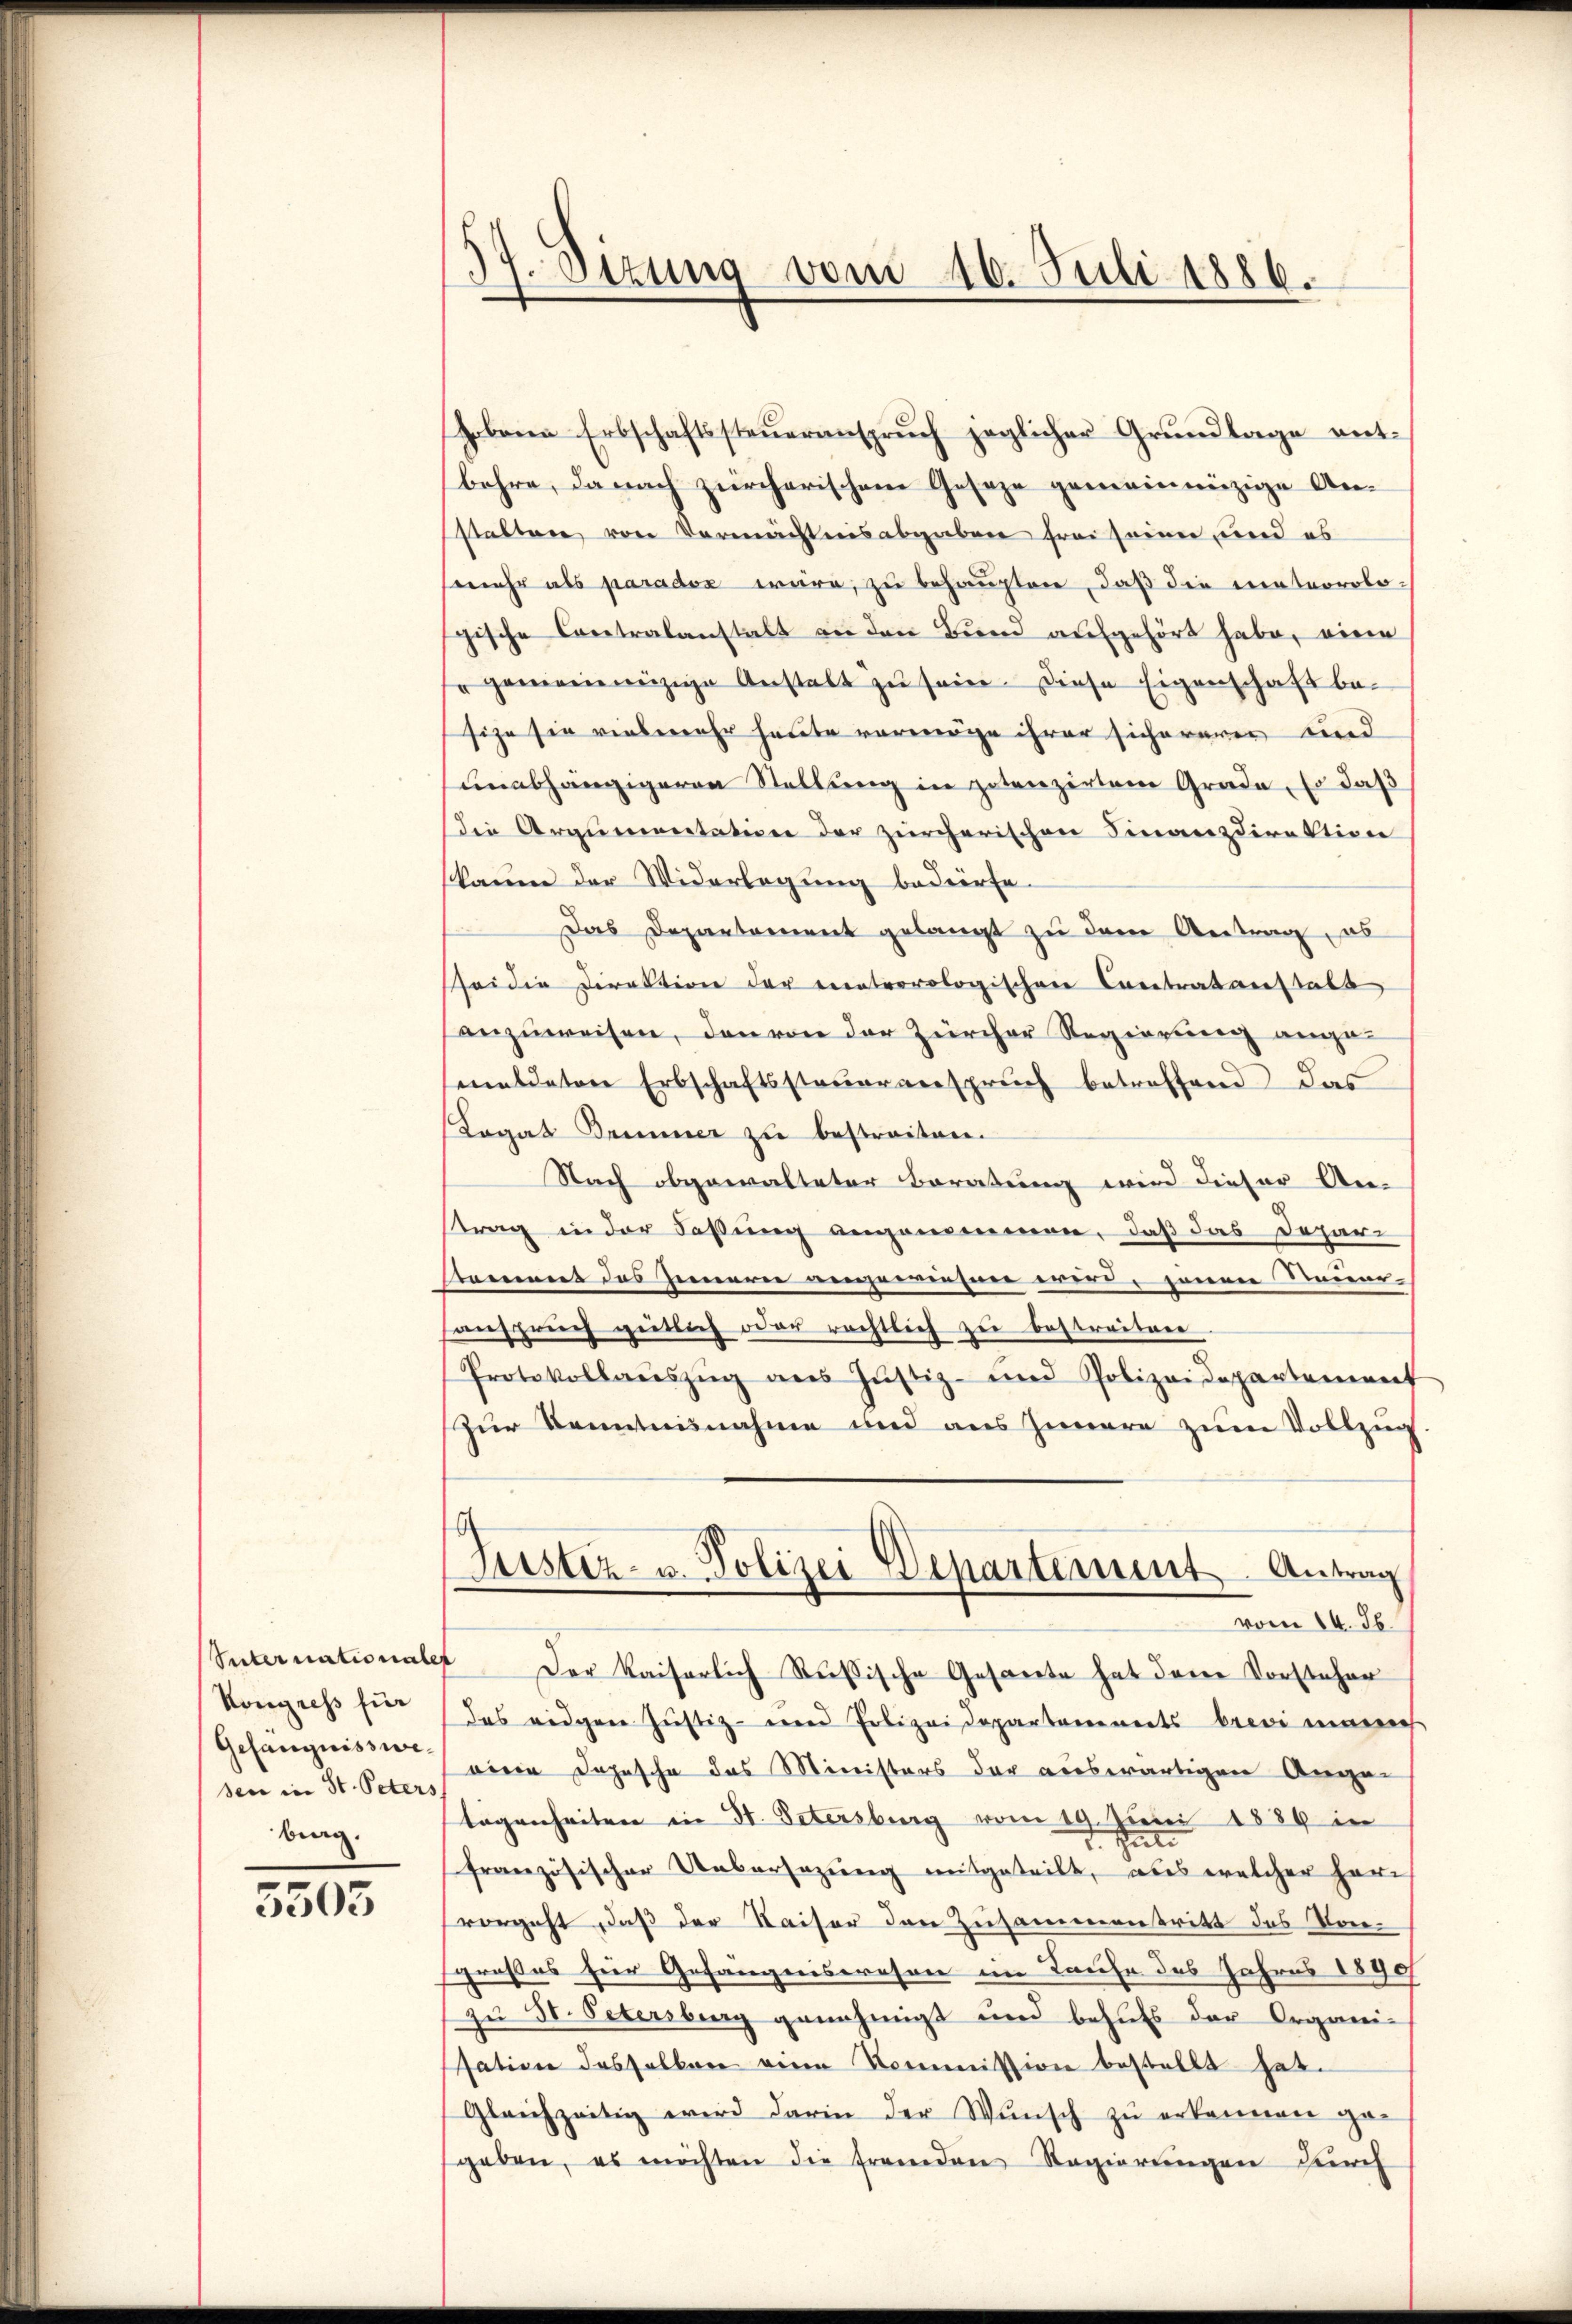
Seternationales
Kongress für
Gefängnisswesen in St. Peters
burg.

5503

H
.Stzung vom 16. Juli 1886.

hobene Erbschaftssteueranspruch jeglicher Grundlage entbehre, danach zürcherischem Geseze gemeinnüzige Anstalten von Vermächtnis abgaben frei seiner und es
mehr als parados wäre, zu behaupten, daß die mateorologische Contralanstalt an den Bund aufgehört habe, einen
" gemeinnüzige Anstalt zŭ sein. Diese Eigenschaft be-
size sie vielmehr heute vermöge ihrer sichererer wied
unabhängigeren Stellung in potenzirten Grade, so daß
Die Argumentation der zürcherischen Finanzdirektion
kaum der Widerlegung bedierte.
Das Departement gelangt zu dem Antrag, es
sei die Direktion der meteorologischen Cavetrat anstalt
anzuweisen, den von der Zürcher Regierung angemeldeten Erbschaftssteŭeranspruch betreffend das
Logat Demmer zu bestreiten.
Nach obgewalteter Beratung wird dieser An-
strag in der Fassung angenommen, daß das Depar-
Gemmes des Innere vergermehrer wird jenen Neueranspruch gütlich oder rechtlich zu bestreiten
Protokollaŭszŭg ans Justiz- und Polizeidepartement
zur Kenntnisnahme und aus Innere zum Vollzug
Justiz- u. Polizei Departement. Antrag
vom 14. Jb.
 Der Kaiserlich Rußische Gesante hat den Vorsteher
das eidgere Justiz- und Polizeidepartannerts brevi maner
oine Depesche das Ministers der auswärtigen Ange-
lagenheiten in St. Petersburg vom 19. Juni 1889 in
7. Seite
französischer Uebersezung mitgeteilt, aus welcher Herr
vorgeht, daß der Kaiser den Zusammentritt des Vorgroßes für Gefängniswesen im Taufe des Jahres 1890
zu 50. Petersberg genehmigt und behufs der Organi-
sation desselben eine Kommission bestellt hat.
Gleichzeitig wird darin der Wŭnsch zŭ erkennen ge-
geben, es möchten die fremden Regierŭngen Zürch